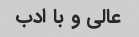
عالی و با ادب